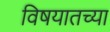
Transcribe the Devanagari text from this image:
विषयातच्या